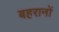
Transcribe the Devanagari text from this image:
बहरानों